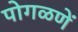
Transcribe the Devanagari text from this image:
पोगळणें